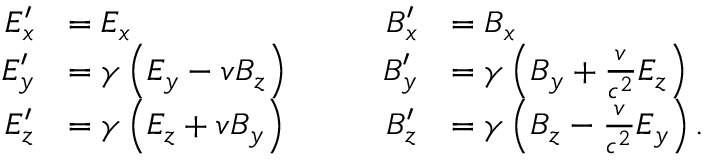
{ \begin{array} { r l r l } { E _ { x } ^ { \prime } } & { = E _ { x } } & { \qquad B _ { x } ^ { \prime } } & { = B _ { x } } \\ { E _ { y } ^ { \prime } } & { = \gamma \left( E _ { y } - v B _ { z } \right) } & { B _ { y } ^ { \prime } } & { = \gamma \left( B _ { y } + { \frac { v } { c ^ { 2 } } } E _ { z } \right) } \\ { E _ { z } ^ { \prime } } & { = \gamma \left( E _ { z } + v B _ { y } \right) } & { B _ { z } ^ { \prime } } & { = \gamma \left( B _ { z } - { \frac { v } { c ^ { 2 } } } E _ { y } \right) . } \end{array} }